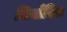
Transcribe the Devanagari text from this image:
निर्वारित